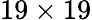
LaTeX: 19\times 19